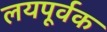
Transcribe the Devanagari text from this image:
लयपूर्वक